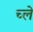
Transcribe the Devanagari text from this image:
च्ले